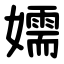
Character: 嬬